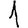
Digit: 1